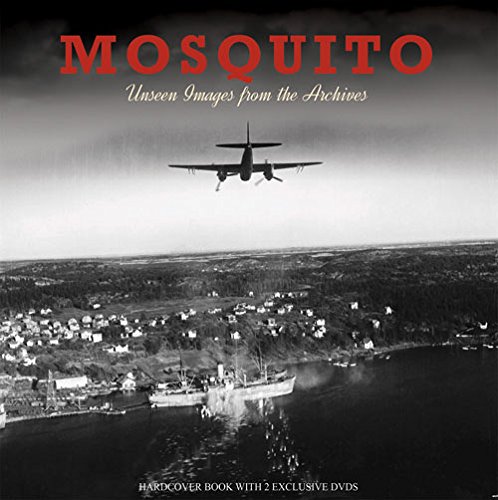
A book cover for Mosquito: Unseen Images from the Archives; Colin Higgs; Arts & Photography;